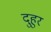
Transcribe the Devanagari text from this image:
दुहुर